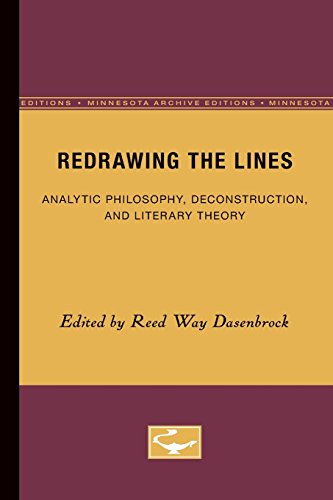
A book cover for Redrawing the Lines: Analytic Philosophy, Deconstruction, and Literary Theory (Minnesota Archive Editions); Politics & Social Sciences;